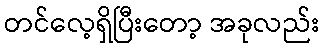
တင်လေ့ရှိပြီးတော့ အခုလည်း